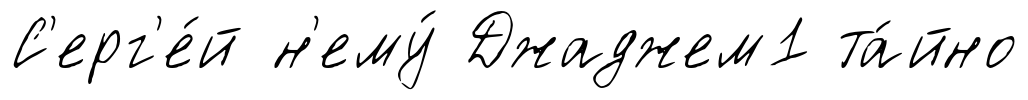
С'ерг'е́й н'ему́ Джаджем1 та́йно